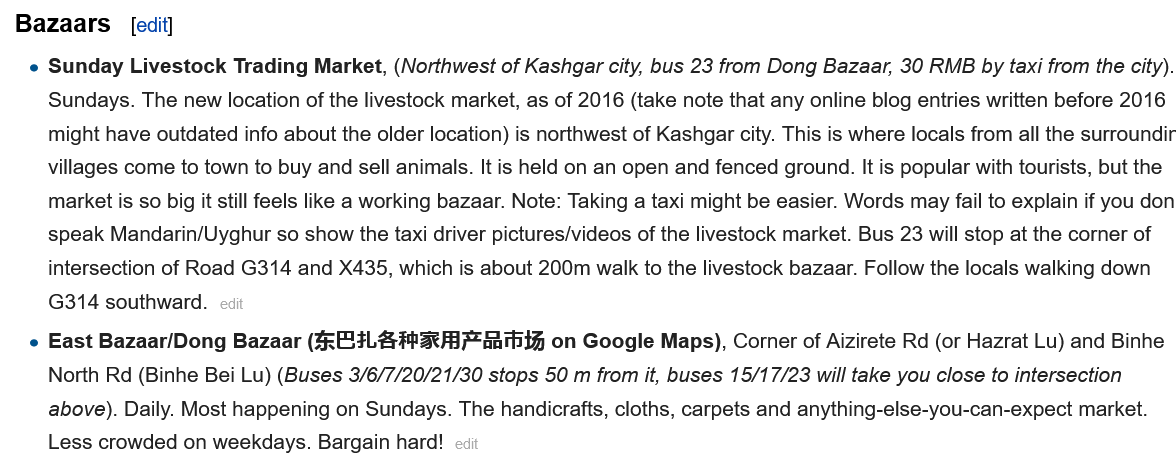
Bazaars
     Sunday Livestock Trading Market, (Northwest of Kashgar city, bus 23 from Dong Bazaar, 30 RMB by taxi from the city)
     Sundays. The new location of the livestock market, as of 2016 (take note that any online blog entries written before 2016
     might have outdated info about the older location) is northwest of Kashgar city. This is where locals from all the surroundi
     villages come to town to buy and sell animals. It is held on an open and fenced ground. It is popular with tourists, but the
     market is so big it still feels like a working bazaar. Note: Taking a taxi might be easier. Words may fail to explain if you dor
     speak Mandarin/Uyghur so show the taxi driver pictures/videos of the livestock market. Bus 23 will stop at the corner of
     intersection of Road G314 and X435, which is about 200m walk to the livestock bazaar. Follow the locals walking down
     G314 southward.
     East Bazaar/Dong Bazaar (4; 24L&#2th87*aathi®  on Google Maps), Corner of Aizirete Rd (or Hazrat Lu) and Binhe
     North Rd (Binhe Bei Lu) (Buses 3/6/7/20/21/30 stops 50 m from it, buses 15/17/23 will take you close to intersection
     above). Daily. Most happening on Sundays. The handicrafts, cloths, carpets and anything-else-you-can-expect market.
     Less crowded on weekdays. Bargain hard!